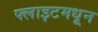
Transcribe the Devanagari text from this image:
फ्लाइटमधून